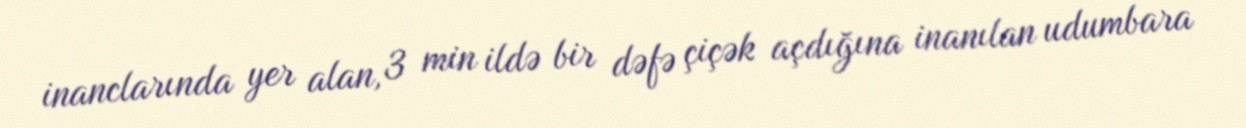
inanclarında yer alan, 3 min ildə bir dəfə çiçək açdığına inanılan udumbara